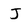
Character: J